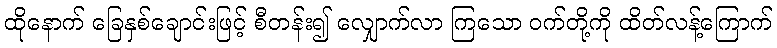
ထိုနောက် ခြေနှစ်ချောင်းဖြင့် စီတန်း၍ လျှောက်လာ ကြသော ဝက်တို့ကို ထိတ်လန့်ကြောက်